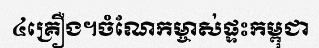
៤គ្រឿង។ចំណែកម្ចាស់ផ្ទះកម្ពុជា